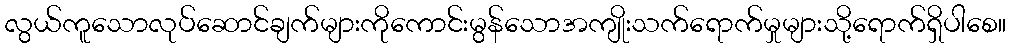
လွယ်ကူသောလုပ်ဆောင်ချက်များကိုကောင်းမွန်သောအကျိုးသက်ရောက်မှုများသို့ရောက်ရှိပါစေ။